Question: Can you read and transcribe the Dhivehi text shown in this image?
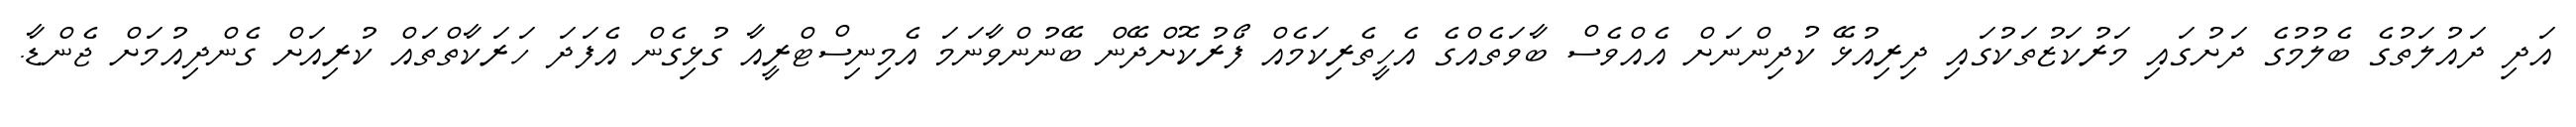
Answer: އަދި ދައުލަތުގެ ބެލުމުގެ ދަށުގައި މަރުކަޒުތަކުގައި ދިރިއުޅޭ ކުދިންނަށް އެއްވެސް ބާވަތެއްގެ އެހީތެރިކަމެއް ފޯރުކޮށްދޭން ބޭނުންވާނަމަ އެމިނިސްޓްރީއާ ގުޅިގެން އެފަދަ ހަރަކާތްތައް ކުރިއަށް ގެންދިއުމަށް ޖެންޑާ.